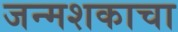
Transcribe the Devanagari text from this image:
जन्मशकाचा